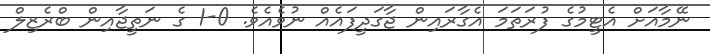
ނޭމާއަށް އެޓީމުގެ ފުރަތަމަ އެގާރައިން ޖާގަދީފައެއް ނުވެއެވެ. 0-1 ގެ ނަތީޖާއިން ބްރެޒިލް